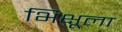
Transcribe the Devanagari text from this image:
भिक्षूला